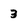
Character: 3